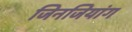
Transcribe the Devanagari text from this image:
जिनजियांग